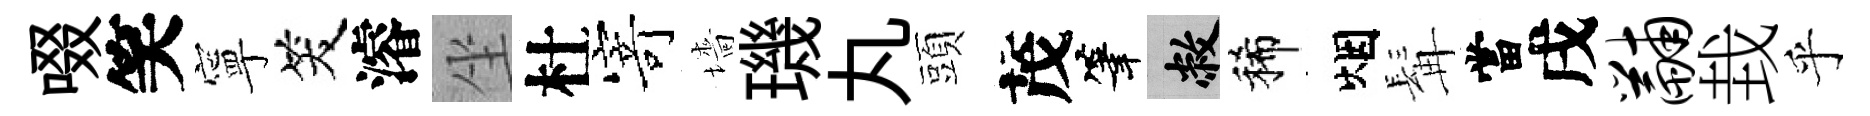
啜笑寧笑濬坐杜𭔃墻璣丸頭茂筆敝稀烟髯當戌黼㘽乎